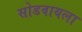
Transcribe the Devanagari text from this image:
सोडवायला